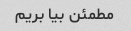
مطمئن بیا بریم